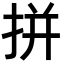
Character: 拼